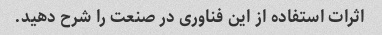
اثرات استفاده از این فناوری در صنعت را شرح دهید.